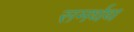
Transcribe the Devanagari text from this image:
समर्थथ